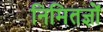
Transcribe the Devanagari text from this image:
निमितज्ञों